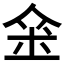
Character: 𨥀